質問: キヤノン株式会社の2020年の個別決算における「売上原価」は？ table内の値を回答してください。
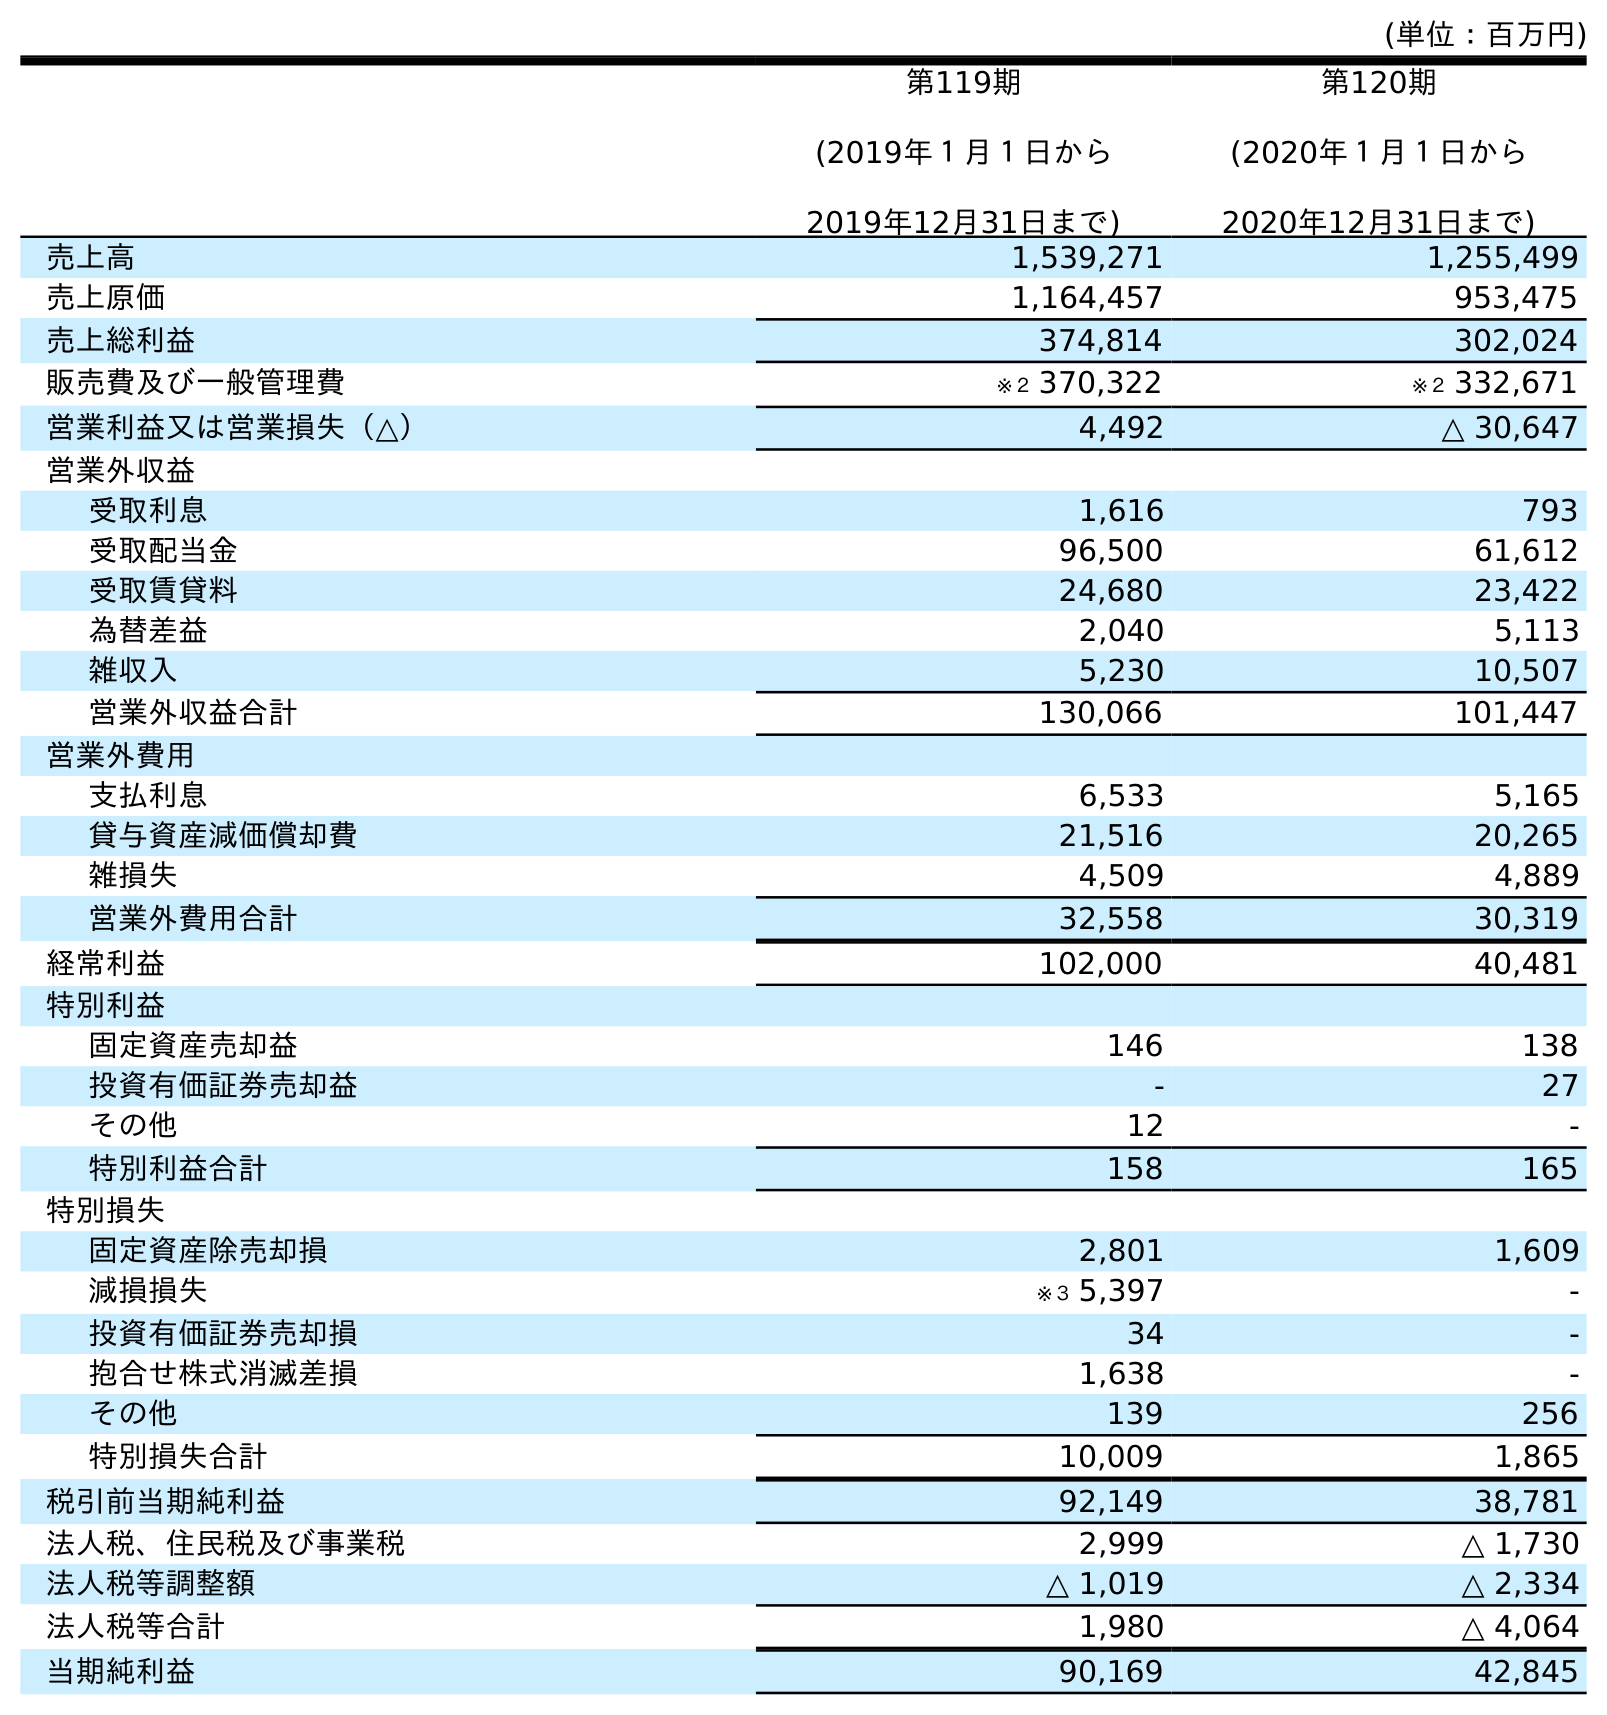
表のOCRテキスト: (単位：百万円) 第119期 (2019年１月１日から 2019年12月31日まで) 第120期 (2020年１月１日から 2020年12月31日まで) 売上高 1,539,271 1,255,499 売上原価 1,164,457 953,475 売上総利益 374,814 302,024 販売費及び一般管理費 ※２ 370,322 ※２ 332,671 営業利益又は営業損失（△） 4,492 △ 30,647 営業外収益 受取利息 1,616 793 受取配当金 96,500 61,612 受取賃貸料 24,680 23,422 為替差益 2,040 5,113 雑収入 5,230 10,507 営業外収益合計 130,066 101,447 営業外費用 支払利息 6,533 5,165 貸与資産減価償却費 21,516 20,265 雑損失 4,509 4,889 営業外費用合計 32,558 30,319 経常利益 102,000 40,481 特別利益 固定資産売却益 146 138 投資有価証券売却益 - 27 その他 12 - 特別利益合計 158 165 特別損失 固定資産除売却損 2,801 1,609 減損損失 ※３ 5,397 - 投資有価証券売却損 34 - 抱合せ株式消滅差損 1,638 - その他 139 256 特別損失合計 10,009 1,865 税引前当期純利益 92,149 38,781 法人税、住民税及び事業税 2,999 △ 1,730 法人税等調整額 △ 1,019 △ 2,334 法人税等合計 1,980 △ 4,064 当期純利益 90,169 42,845
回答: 953,475